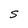
Character: S